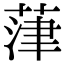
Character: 葏